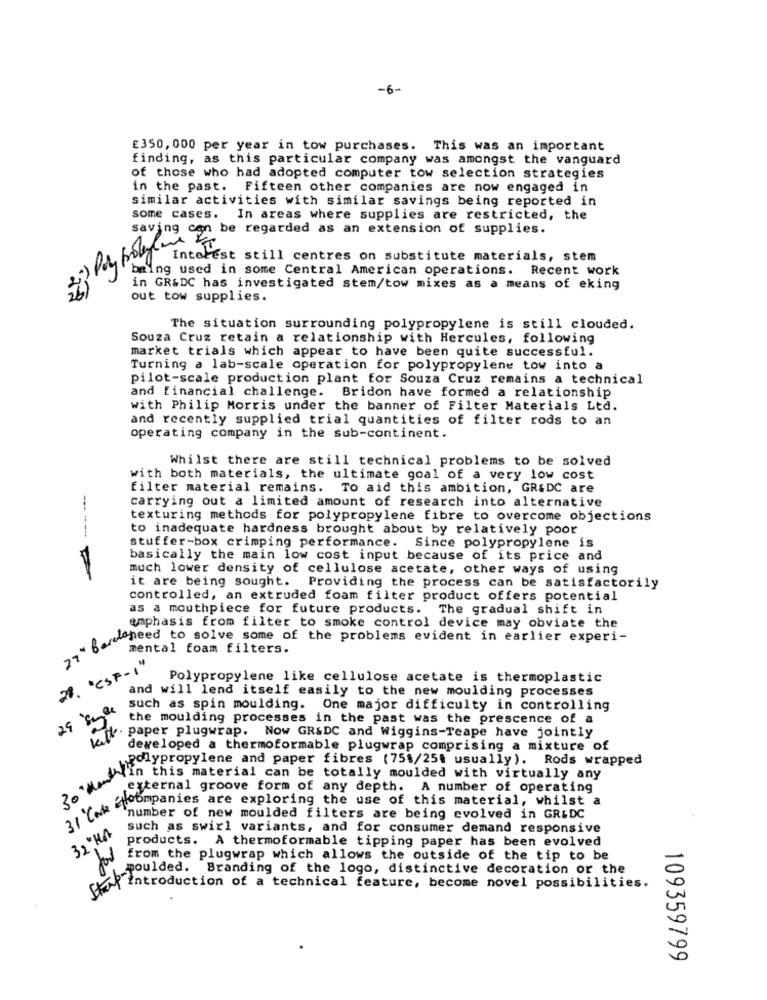
-6-
£350, 000 per year in tow purchases. This was an important
finding, as this particular company was amongst the vanguard
of those who had adopted computer tow selection strategies
in the past. Fifteen other companies are now engaged in
similar activities with similar savings being reported in
some cases. In areas where supplies are restricted, the
saving can be regarded as an extension of supplies.
2
Interest still centres on substitute materials, stem
being used in some Central American operations. Recent work
in GR&DC has investigated stem/tow mixes as a means of eking
out tow supplies.
The situation surrounding polypropylene is still clouded.
Souza Cruz retain a relationship with Hercules, following
market trials which appear to have been quite successful.
Turning a lab-scale operation for polypropylene tow into a
pilot-scale production plant for Souza Cruz remains a technical
and financial challenge. Bridon have formed a relationship
with Philip Morris under the banner of Filter Materials Ltd.
and recently supplied trial quantities of filter rods to an
operating company in the sub-continent.
Whilst there are still technical problems to be solved
with both materials, the ultimate goal of a very low cost
filter material remains. To aid this ambition, GR&DC are
carrying out a limited amount of research into alternative
texturing methods for polypropylene fibre to overcome objections
to inadequate hardness brought about by relatively poor
stuffer-box crimping performance. Since polypropylene is
basically the main low cost input because of its price and
much lower density of cellulose acetate, other ways of using
it are being sought. Providing the process can be satisfactorily
controlled, an extruded foam filter product offers potential
as a mouthpiece for future products. The gradual shift in
emphasis from filter to smoke control device may obviate the
" Berettes to solve some of the problems evident in earlier experi-
mental foam filters.
28. "CSF-1"
Polypropylene like cellulose acetate is thermoplastic
and will lend itself easily to the new moulding processes
29 sule
such as spin moulding. One major difficulty in controlling
the moulding processes in the past was the prescence of a
paper plugwrap. Now GR&DC and Wiggins-Teape have jointly
developed a thermoformable plugwrap comprising a mixture of
polypropylene and paper fibres (75$/25t usually). Rods wrapped
wwekan this material can be totally moulded with virtually any
external groove form of any depth. A number of operating
wok jumpantes are exploring the use of this material, whilst a
'number of new moulded filters are being evolved in GR&DC
32 HA
such as swirl variants, and for consumer demand responsive
products. A thermoformable tipping paper has been evolved
from the plugwrap which allows the outside of the tip to be
moulded. Branding of the logo, distinctive decoration or the
ckt introduction of a technical feature, become novel possibilities.
109359799